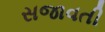
સજાવતી